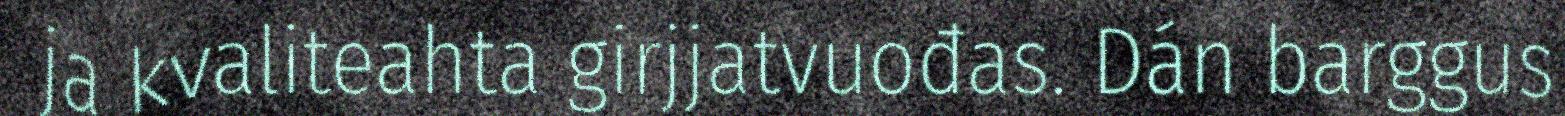
ja kvaliteahta girjjatvuođas. Dán barggus